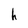
Character: h